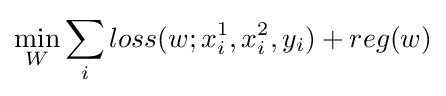
\min _{W}\sum _{i}loss(w;x_{i}^{1},x_{i}^{2},y_{i})+reg(w)